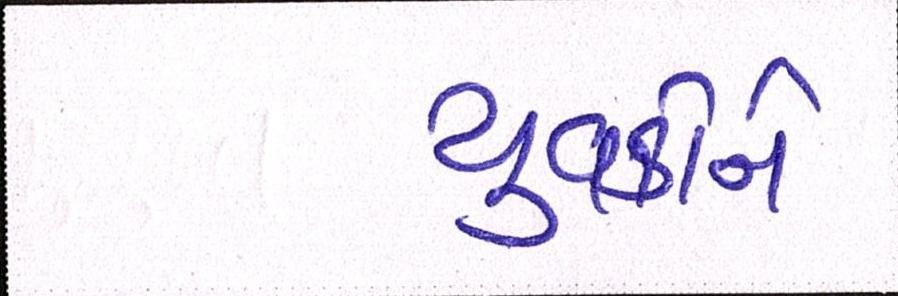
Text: યુવકોને